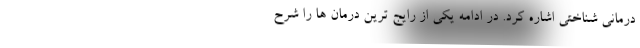
درمانی شناختی اشاره کرد. در ادامه یکی از رایج ترین درمان ها را شرح